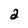
Character: 2